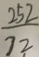
\frac { 2 5 2 } { 7 2 }